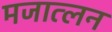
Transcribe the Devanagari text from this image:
मजात्लन